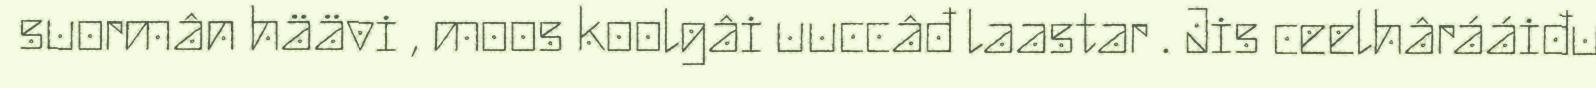
suormân häävi , moos koolgâi uuccâđ laastar . Jis ceelhârááiđu